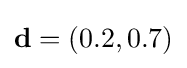
\mathbf {d} =(0.2,0.7)